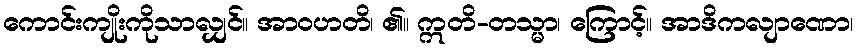
ကောင်းကျိုးကိုသာလျှင်။ အာဝဟတိ၊ ၏။ ဣတိ-တသ္မာ၊ ကြောင့်။ အာဒိကလျာဏော၊